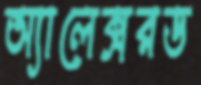
অ্যালেক্সরড